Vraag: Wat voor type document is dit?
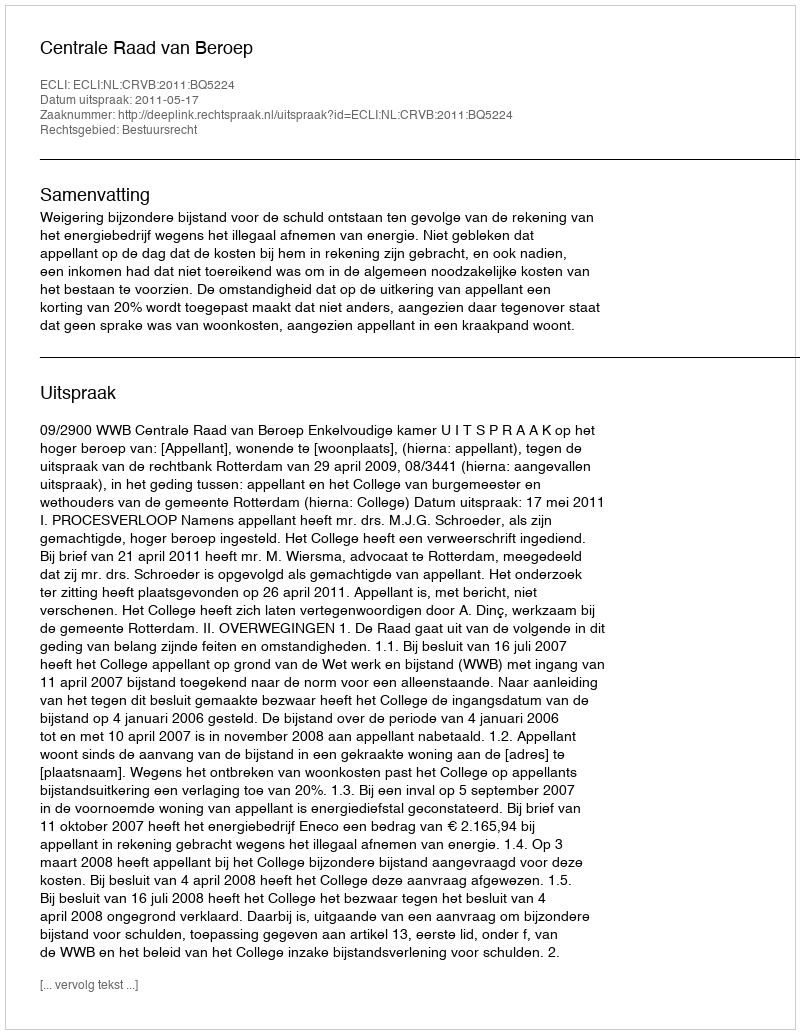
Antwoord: Uitspraak